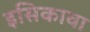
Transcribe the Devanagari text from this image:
इसिकावा